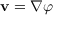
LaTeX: \mathbf { v } = \nabla \varphi